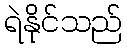
ရဲနိုင်သည်